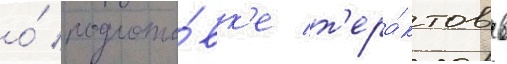
о́ подгото́вк'е т'ера́ктов в